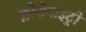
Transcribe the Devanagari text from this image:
क्लोरोनाइट्रो